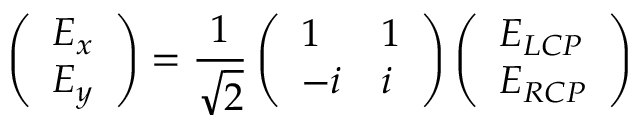
\left( \begin{array} { l } { E _ { x } } \\ { E _ { y } } \end{array} \right) = \frac { 1 } { \sqrt { 2 } } \left( \begin{array} { l l } { 1 } & { 1 } \\ { - i } & { i } \end{array} \right) \left( \begin{array} { l } { E _ { L C P } } \\ { E _ { R C P } } \end{array} \right)